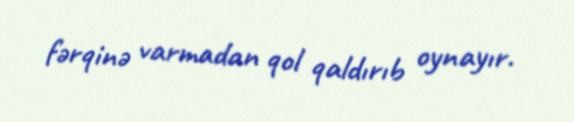
fərqinə varmadan qol qaldırıb oynayır.